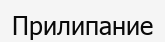
Прилипание